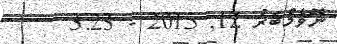
ނޮވެމްބަރު 12